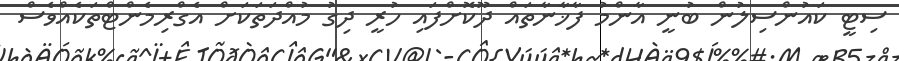
ސިޓީ ކައުންސިލުން ބުނީ އާންމު ފާޚާނާތައް ދޫކޮށްފައި ހުރީ ދިގު މުއްދަތަކަށް އެގްރިމެންޓްތަކެއްވެސް